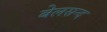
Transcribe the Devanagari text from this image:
बेलसन्द